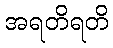
အရတိရတိ